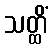
သတ္ထိံ